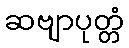
ဆဗျာပုတ္တံ